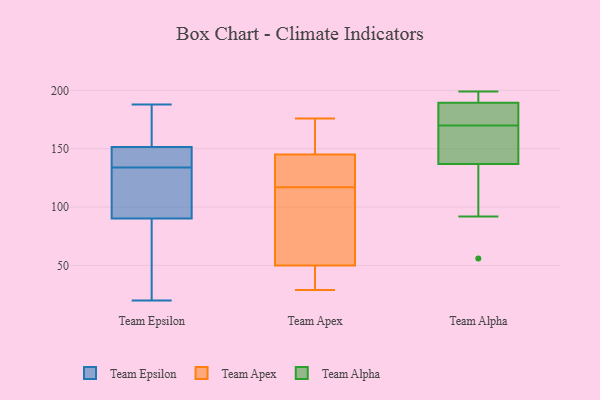
{"axis": {"x": "Latency (ms)", "y": "Value"}, "legend": ["Team Alpha", "Team Apex", "Team Epsilon"], "data": [{"x": "", "y": 116, "type": "Team Epsilon"}, {"x": "", "y": 118, "type": "Team Epsilon"}, {"x": "", "y": 77, "type": "Team Epsilon"}, {"x": "", "y": 148, "type": "Team Epsilon"}, {"x": "", "y": 82, "type": "Team Epsilon"}, {"x": "", "y": 20, "type": "Team Epsilon"}, {"x": "", "y": 137, "type": "Team Epsilon"}, {"x": "", "y": 134, "type": "Team Epsilon"}, {"x": "", "y": 159, "type": "Team Epsilon"}, {"x": "", "y": 93, "type": "Team Epsilon"}, {"x": "", "y": 149, "type": "Team Epsilon"}, {"x": "", "y": 188, "type": "Team Epsilon"}, {"x": "", "y": 160, "type": "Team Epsilon"}, {"x": "", "y": 162, "type": "Team Apex"}, {"x": "", "y": 154, "type": "Team Apex"}, {"x": "", "y": 49, "type": "Team Apex"}, {"x": "", "y": 145, "type": "Team Apex"}, {"x": "", "y": 176, "type": "Team Apex"}, {"x": "", "y": 50, "type": "Team Apex"}, {"x": "", "y": 29, "type": "Team Apex"}, {"x": "", "y": 52, "type": "Team Apex"}, {"x": "", "y": 106, "type": "Team Apex"}, {"x": "", "y": 139, "type": "Team Apex"}, {"x": "", "y": 57, "type": "Team Apex"}, {"x": "", "y": 143, "type": "Team Apex"}, {"x": "", "y": 49, "type": "Team Apex"}, {"x": "", "y": 128, "type": "Team Apex"}, {"x": "", "y": 146, "type": "Team Alpha"}, {"x": "", "y": 180, "type": "Team Alpha"}, {"x": "", "y": 168, "type": "Team Alpha"}, {"x": "", "y": 183, "type": "Team Alpha"}, {"x": "", "y": 199, "type": "Team Alpha"}, {"x": "", "y": 56, "type": "Team Alpha"}, {"x": "", "y": 194, "type": "Team Alpha"}, {"x": "", "y": 128, "type": "Team Alpha"}, {"x": "", "y": 172, "type": "Team Alpha"}, {"x": "", "y": 159, "type": "Team Alpha"}, {"x": "", "y": 193, "type": "Team Alpha"}, {"x": "", "y": 186, "type": "Team Alpha"}, {"x": "", "y": 157, "type": "Team Alpha"}, {"x": "", "y": 92, "type": "Team Alpha"}, {"x": "", "y": 96, "type": "Team Alpha"}, {"x": "", "y": 195, "type": "Team Alpha"}]}